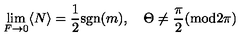
\lim _ { F \to 0 } \langle N \rangle = { \frac { 1 } { 2 } } \mathrm { s g n } ( m ) , \quad \Theta \neq \frac { \pi } { 2 } ( \mathrm { m o d } 2 \pi )